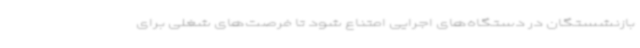
بازنشستگان در دستگاه‌های اجرایی امتناع شود تا فرصت‌های شغلی برای